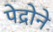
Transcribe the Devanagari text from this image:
पेद्रोने